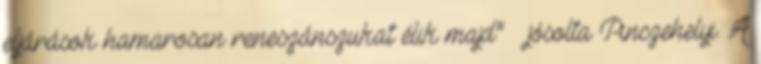
eljárások hamarosan reneszánszukat élik majd” – jósolta Pinczehelyi. A